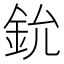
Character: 鈗